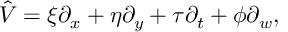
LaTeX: \hat { V } = \xi \partial _ { x } + \eta \partial _ { y } + \tau \partial _ { t } + \phi \partial _ { w } ,